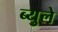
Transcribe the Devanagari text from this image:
ब्युले